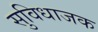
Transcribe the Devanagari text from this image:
सुविधाजक